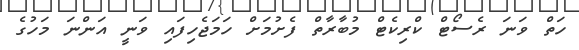
ހަތް ވަނަ ރެސޯޓް ކްރިކެޓް މުބާރާތް ފެށުމަށް ހަމަޖެހިފައި ވަނީ އަންނަ މަހުގެ